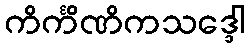
ကိင်္ကိဏိကသဒ္ဒေါ